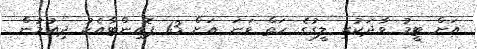
އަށް ޓީމު ވާދަކުރި ލީގުގެ ހަތް ވަނަ އަށް 13 ޕޮއިންޓާއެކު ދިއުމުން